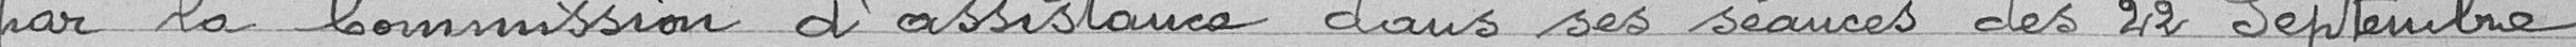
par la Commission d'assistance dans ses séances des 22 Septembre